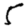
Digit: 5